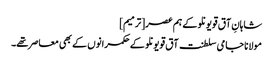
شاہانِ آق قویونلو کے ہم عصر[ترمیم]
مولانا جامی سلطنت آق قویونلو کے حکمرانوں کے بھی معاصر تھے۔